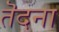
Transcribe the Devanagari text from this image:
तॆदना